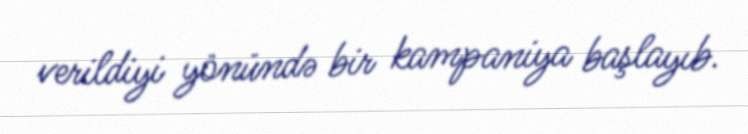
verildiyi yönündə bir kampaniya başlayıb.